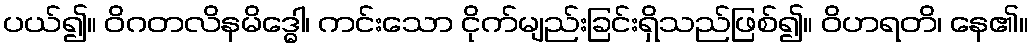
ပယ်၍။ ဝိဂတလိနမိဒ္ဓေါ၊ ကင်းသော ငိုက်မျည်းခြင်းရှိသည်ဖြစ်၍။ ဝိဟရတိ၊ နေ၏။